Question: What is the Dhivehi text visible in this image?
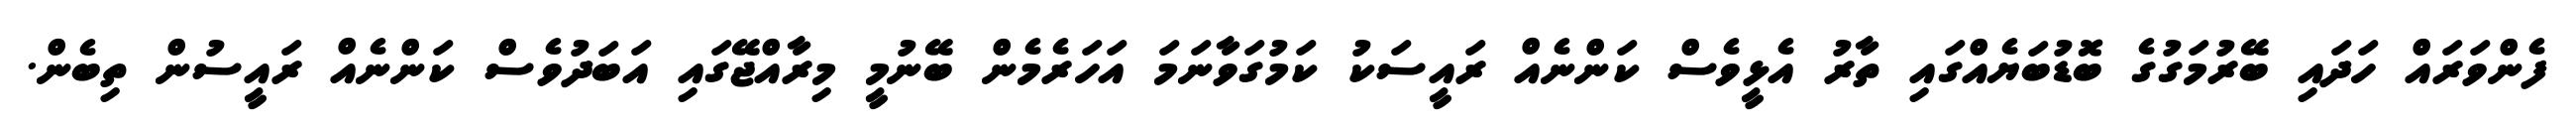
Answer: ފެންވަރައް ހަދައި ބޭރުމަގުގެ ބޮޑުބަޔެއްގައި ތާރު އެޅީވެސް ކަންނެއް ރައީސަކު ކަމުގަވާނަމަ އަހަރެމެން ބޭނުމީ މިރާއްޖޭގައި އަބަދުވެސް ކަންނެއް ރައީސުން ތިބެން.